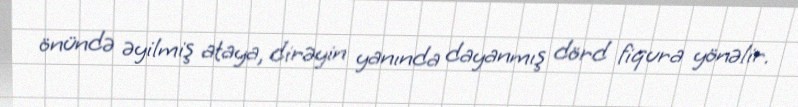
önündə əyilmiş ataya, dirəyin yanında dayanmış dörd fiqura yönəlir.